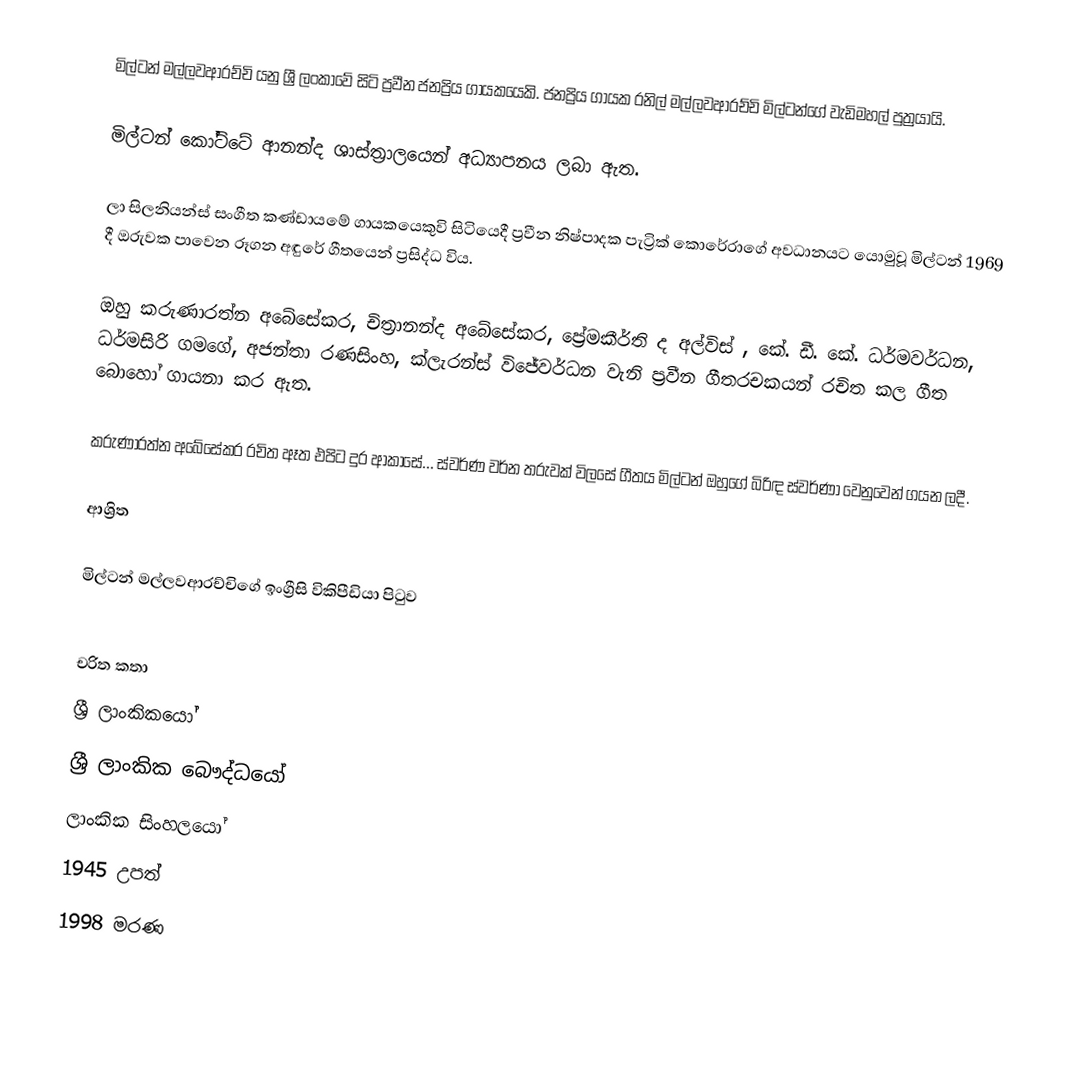
මිල්ටන් මල්ලවආරච්චි  යනු ශ්‍රී ලංකාවේ සිටි ප්‍රවීන ජනප්‍රිය ගායකයෙකි.  ජනප්‍රිය ගායක රනිල් මල්ලවආරච්චි මිල්ටන්ගේ වැඩිමහල් පුත්‍රයායි.

මිල්ටන් කෝට්ටේ ආනන්ද ශාස්ත්‍රාලයෙන් අධ්‍යාපනය ලබා ඇත.

ලා සිලනියන්ස් සංගීත කණ්ඩායමේ ගායකයෙකුවි සිටියෙදී ප්‍රවීන නිෂ්පාදක පැට්‍රික් කොරේරාගේ අවධානයට යොමුවූ මිල්ටන් 1969 දී ඔරුවක පාවෙන රූගන අඳුරේ ගීතයෙන් ප්‍රසිද්ධ විය.

ඔහු කරුණාරත්න අබේසේකර, චිත්‍රානන්ද අබේසේකර, ප්‍රේමකීර්ති ද අල්විස් , කේ. ඩී. කේ. ධර්මවර්ධන, ධර්මසිරි ගමගේ, අජන්තා රණසිංහ, ක්ලැරන්ස් විජේවර්ධන වැනි ප්‍රවීන ගීතරචකයන් රචිත කල ගීත බොහෝ ගායනා කර ඇත.

කරුණාරත්න අබේසේකර රචිත ඈත එපිට දුර ආකාසේ... ස්වර්ණ වර්න තරුවක් විලසේ ගීතය මිල්ටන් ඔහුගේ බිරිඳ ස්වර්ණා වෙනුවෙන් ගයන ලදී.

ආශ්‍රිත

 මිල්ටන් මල්ලවආරච්චිගේ ඉංග්‍රීසි විකිපීඩියා පිටුව

චරිත කතා
ශ්‍රී ලාංකිකයෝ
ශ්‍රී ලාංකික බෞද්ධයෝ
ලාංකික සිංහලයෝ
1945 උපත්
1998 මරණ